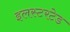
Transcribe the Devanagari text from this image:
इलस्टरटेड